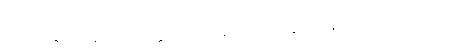
ဂတာ၊ သွားသနည်း။ ကတ္ထ၊ အဘယ်၌။ ဂတာ၊ သွားသနည်း။ ဣတိ၊ ဤသို့။